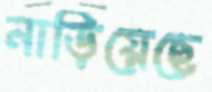
নাড়িয়েছে